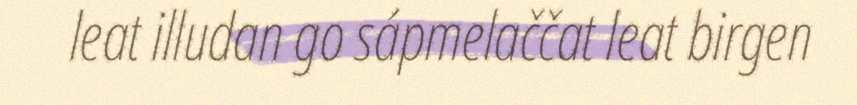
leat illudan go sápmelaččat leat birgen